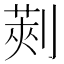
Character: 𠞦